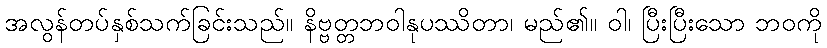
အလွန်တပ်နှစ်သက်ခြင်းသည်။ နိဗ္ဗတ္တဘဝါနုပဿိတာ၊ မည်၏။ ဝါ၊ ပြီးပြီးသော ဘဝကို